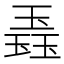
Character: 𬍼